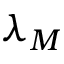
\lambda _ { M }